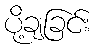
ပို့ချခြင်း